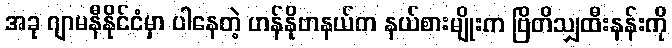
အခု ဂျာမနီနိုင်ငံမှာ ပါနေတဲ့ ဟန်နိုဗာနယ်က နယ်စားမျိုးက ဗြိတိသျှထီးနန်းကို